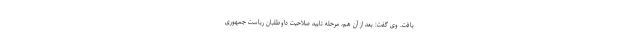
یافت. وی گفت: بعد از آن هم، مرحله تایید صلاحیت داوطلبان ریاست جمهوری